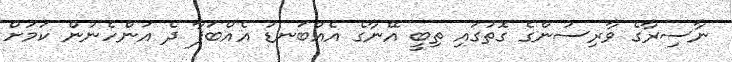
ނާސިރާގެ ވާރިސުންގެ ގޮތުގައި ތިބީ އޭނާގެ އެއްބަނޑު އެއްބަފާ ދެ އަންހެނުން ކަމަށް